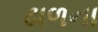
ઢાળના